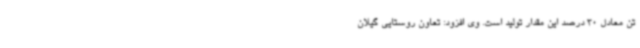
تن معادل 30 درصد این مقدار تولید است. وی افزود: تعاون روستایی گیلان